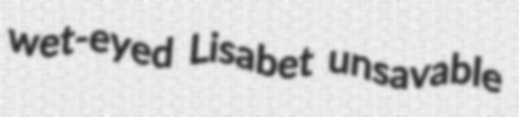
wet-eyed Lisabet unsavable